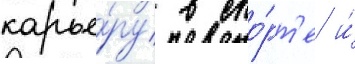
карье́ру в спо́рт'е и́